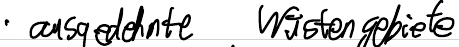
- ausgedehnte Wüstengebiete